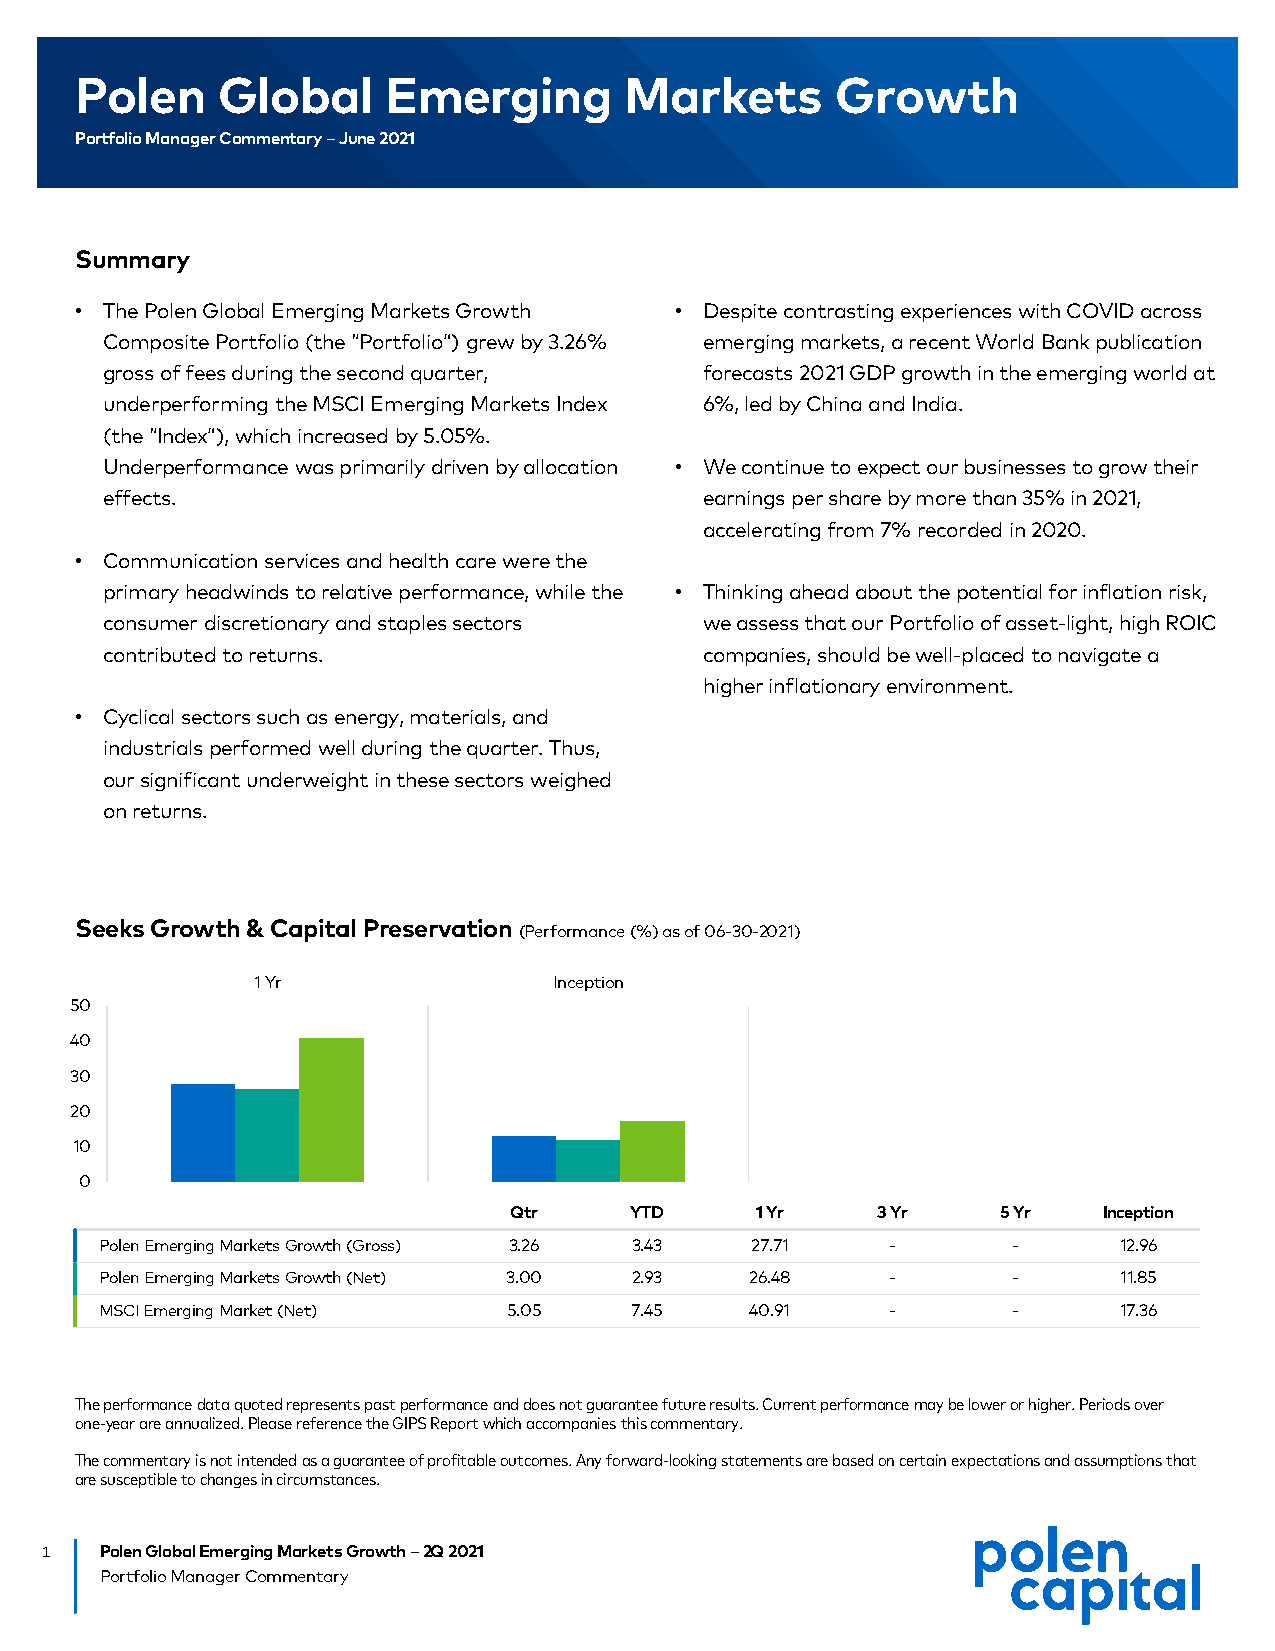
Polen    Global      Emerging       Markets       Growth
 Portfolio Manager Commentary –June 2021
 Summary
 • The Polen Global Emerging Markets Growth • Despite contrasting experiences with COVID across
 Composite Portfolio (the “Portfolio”) grew by 3.26% emerging markets, a recent World Bank publication
 gross of fees during the second quarter, forecasts 2021 GDP growth in the emerging world at
 underperforming the MSCI Emerging Markets Index 6%, led by China and India.
 (the “Index”), which increased by 5.05%.
 Underperformance was primarily driven by allocation • We continue to expect our businesses to grow their
 effects.                                earnings per share by more than 35% in 2021,
 accelerating from 7% recorded in 2020.
 • Communication services and health care were the
 primary headwinds to relative performance, while the • Thinking ahead about the potential for inflation risk,
 consumer discretionary and staples sectors we assess that our Portfolio of asset-light, high ROIC
 contributed to returns.                 companies, should be well-placed to navigate a
 higher inflationary environment.
 • Cyclical sectors such as energy, materials, and
 industrials performed well during the quarter. Thus,
 our significant underweight in these sectors weighed
 on returns.
 Seeks Growth & Capital Preservation
 (Performance (%) as of 06-30-2021)
 1 Yr                Inception
 50
 40
 30
 20
 10
 0
 Qtr     YTD     1 Yr    3 Yr    5 Yr   Inception
 Polen Emerging Markets Growth (Gross) 3.26 3.43 27.71 -     -      12.96
 Polen Emerging Markets Growth (Net) 3.00 2.93 26.48 -       -      11.85
 MSCI Emerging Market (Net) 5.05    7.45    40.91    -       -      17.36
 The performance data quoted represents past performance and does not guarantee future results. Current performance may be lower or higher. Periods over
 one-year are annualized. Please reference the GIPS Report which accompanies this commentary.
 The commentary is not intended as a guarantee of profitable outcomes. Any forward-looking statements are based on certain expectations and assumptions that
 are susceptible to changes in circumstances.
 1   Polen Global Emerging Markets Growth –2Q 2021
 Portfolio Manager Commentary